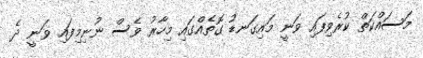
މަސައްކަތް ކުރެވިފައި ވަނީ މައިގަނޑު ގޮތެއްގައި މިހާރު ވެސް ނުނިމިފައި ވަނީ ދެ